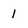
Character: 1